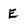
Character: E